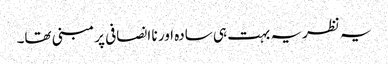
یہ نظریہ بہت ہی سادہ اور نا انصافی پر مبنی تھا۔